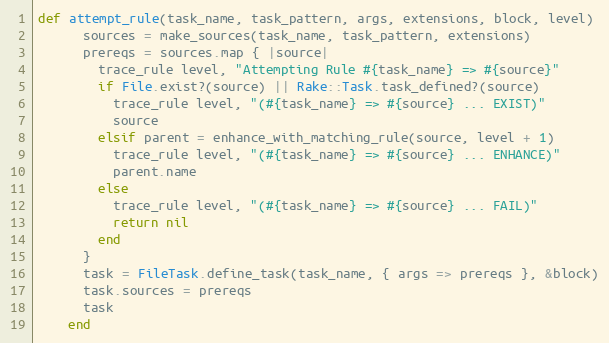
Language: Ruby
def attempt_rule(task_name, task_pattern, args, extensions, block, level)
      sources = make_sources(task_name, task_pattern, extensions)
      prereqs = sources.map { |source|
        trace_rule level, "Attempting Rule #{task_name} => #{source}"
        if File.exist?(source) || Rake::Task.task_defined?(source)
          trace_rule level, "(#{task_name} => #{source} ... EXIST)"
          source
        elsif parent = enhance_with_matching_rule(source, level + 1)
          trace_rule level, "(#{task_name} => #{source} ... ENHANCE)"
          parent.name
        else
          trace_rule level, "(#{task_name} => #{source} ... FAIL)"
          return nil
        end
      }
      task = FileTask.define_task(task_name, { args => prereqs }, &block)
      task.sources = prereqs
      task
    end